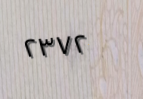
٢٣٧٢